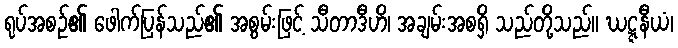
ရုပ်အစဉ်၏ ဖေါက်ပြန်သည်၏ အစွမ်းဖြင့် သီတာဒီဟိ၊ အချမ်းအစရှိ သည်တို့သည်။ ဃဋ္ဋနီယံ၊